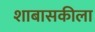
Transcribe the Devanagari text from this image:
शाबासकीला